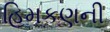
હિમકણની